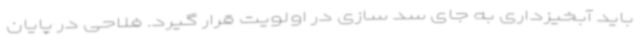
باید آبخیزداری به جای سد سازی در اولویت قرار گیرد. فلاحی در پایان